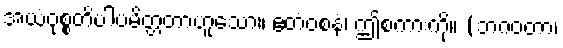
အယံဝုစ္စတိပါပမိတ္တတာဟူသော။ ဧတံဝစနံ၊ ဤစကားကို။ (ဘဂဝတာ၊